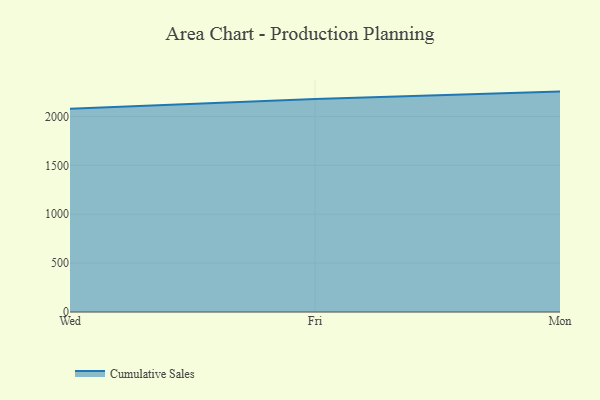
{"axis": {"x": "Day", "y": "Humidity (%)"}, "legend": ["Cumulative Sales"], "data": [{"x": "Wed", "y": 2078.2, "type": "Cumulative Sales"}, {"x": "Fri", "y": 2178.6, "type": "Cumulative Sales"}, {"x": "Mon", "y": 2254.4, "type": "Cumulative Sales"}]}